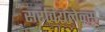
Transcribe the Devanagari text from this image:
सरवियलेन्स